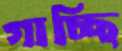
গাচ্ছি